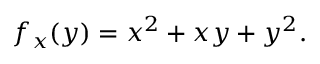
f _ { x } ( y ) = x ^ { 2 } + x y + y ^ { 2 } .